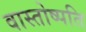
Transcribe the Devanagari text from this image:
वास्तोष्पति